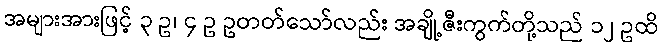
အများအားဖြင့် ၃ ဥ၊ ၄ ဥ ဥတတ်သော်လည်း အချို့ဇီးကွက်တို့သည် ၁၂ ဥထိ